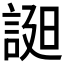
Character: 𧨓